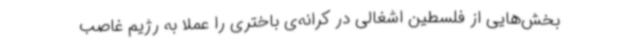
بخش‌هایی از فلسطین اشغالی در کرانه‌ی باختری را عملاً به رژیم غاصب